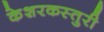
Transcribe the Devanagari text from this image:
केशरकस्तुरी